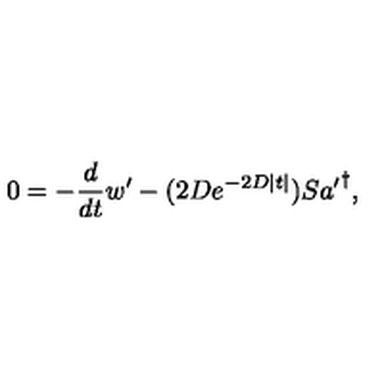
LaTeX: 0 = - \frac { d } { d t } w ^ { \prime } - ( 2 D e ^ { - 2 D | t | } ) S { a ^ { \prime } } ^ { \dagger } ,